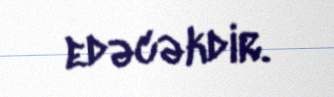
edəcəkdir.